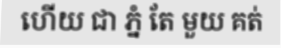
ហើយ ជា ភ្នំ តែ មួយ គត់